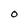
Character: O